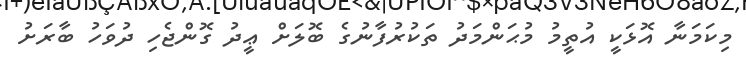
މިކަމަނާ އޮޅަކީ އުތީމު މުޙަންމަދު ތަކުރުފާނުގެ ބޮލަށް ޢީދު ގޮންޖެހި ދުވަހު ބާރަށު